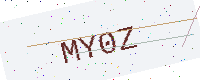
Text: MY0Z